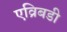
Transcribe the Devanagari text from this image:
एव्रिबडी